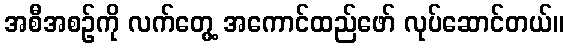
အစီအစဉ်ကို လက်တွေ့ အကောင်ထည်ဖော် လုပ်ဆောင်တယ်။